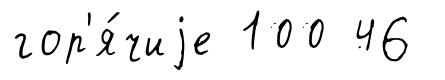
гор'я́чиjе 100 46